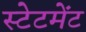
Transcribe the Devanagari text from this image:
स्‍टेटमेंट